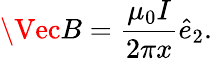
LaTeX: \Vec{B}=\frac{\mu_{0}I}{2\pi x}\hat{e}_{2}.